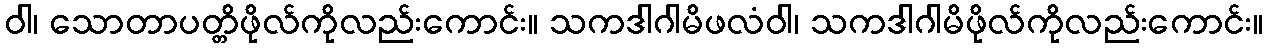
ဝါ၊ သောတာပတ္တိဖိုလ်ကိုလည်းကောင်း။ သကဒါဂါမိဖလံဝါ၊ သကဒါဂါမိဖိုလ်ကိုလည်းကောင်း။